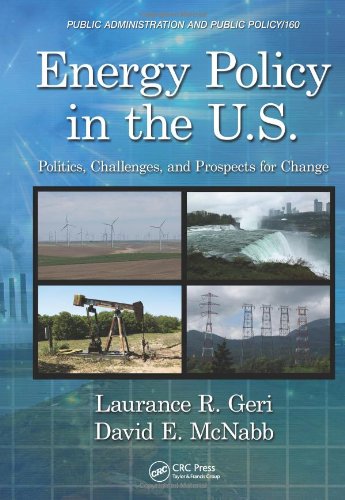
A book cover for Energy Policy in the U.S.: Politics, Challenges, and Prospects for Change (Public Administration and Public Policy); Laurance R. Geri; Business & Money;